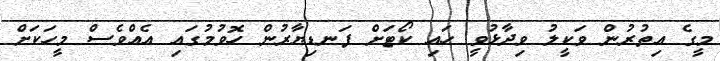
މީގެ އިތުރުން ވަކީލު ވިދާޅުވީ ހައި ކޯޓަށް ފަނޑިޔާރުން ހޮވުމުގައި އެއްވެސް މީހަކަށް